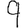
Digit: 9